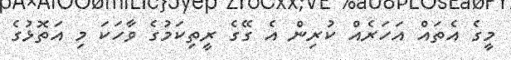
މީގެ އެތައް އަހަރެއް ކުރިން އެ ގޭގެ ރީތިކަމުގެ ވާހަކަ މި އަތޮޅުގެ